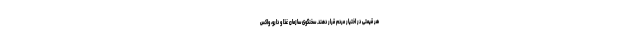
هر قیمتی در اختیار مردم قرار دهند. سخنگوی سازمان غذا و دارو، واکس